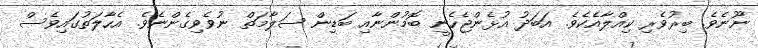
ނޫނެވެ. ބިރުވެރި ކިއްލާއެކެވެ. އަބަދު އުޅެންޖެހެނީ ބޮމުންނާއި ބަޑިން ސަލާމަތް ނުވެވިގެންނެވެ. އެހާލަތުގައިވެސް